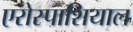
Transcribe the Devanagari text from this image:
एरोस्पाशियाल